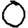
Digit: 0